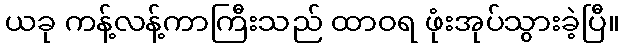
ယခု ကန့်လန့်ကာကြီးသည် ထာဝရ ဖုံးအုပ်သွားခဲ့ပြီ။